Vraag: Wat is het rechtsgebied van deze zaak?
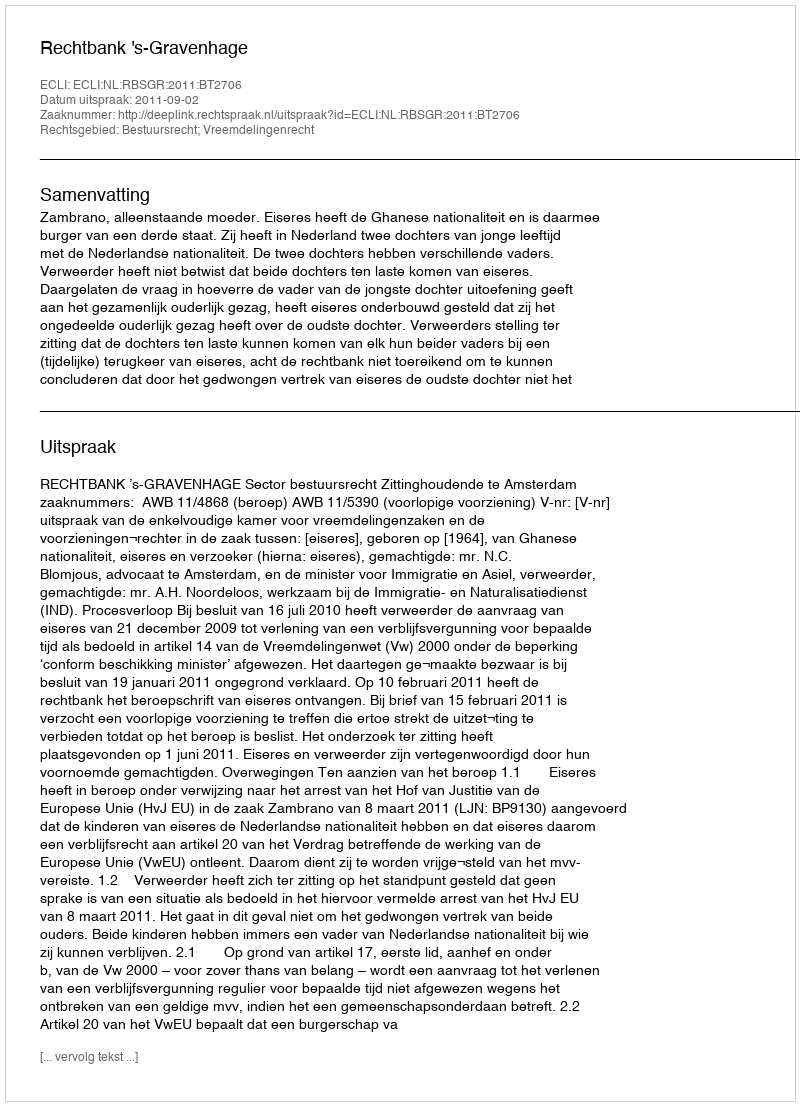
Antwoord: Bestuursrecht; Vreemdelingenrecht